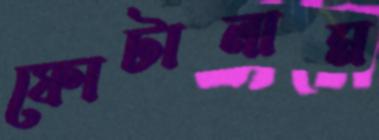
ফোটালাম